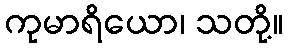
ကုမာရိယော၊ သတို့။